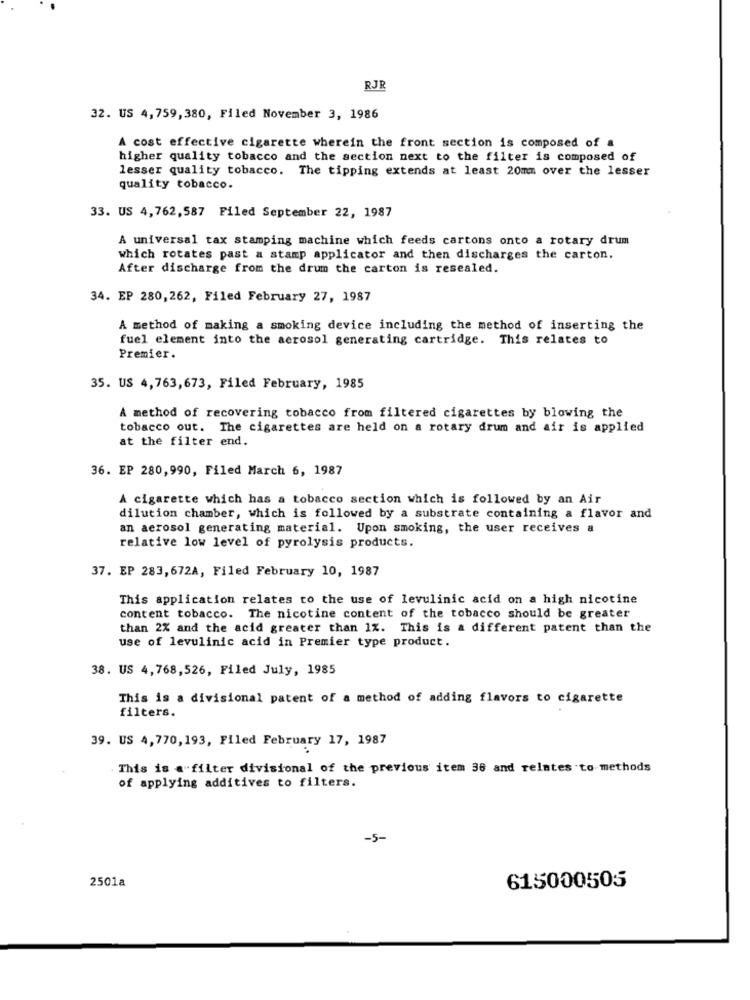
RJR
32. US 4,759,380, Filed November 3, 1986
A cost effective cigarette wherein the front section is composed of a
higher quality tobacco and the section next to the filter is composed of
lesser quality tobacco. The tipping extends at least 20mm over the lesser
quality tobacco.
33. US 4,762,587 Filed September 22, 1987
A universal tax stamping machine which feeds cartons onto a rotary drum
which rotates past a stamp applicator and then discharges the carton.
After discharge from the drum the carton is resealed.
34. EP 280,262, Filed February 27, 1987
A method of making a smoking device including the method of inserting the
fuel element into the aerosol generating cartridge. This relates to
Premier.
35. US 4,763,673, Filed February, 1985
A method of recovering tobacco from filtered cigarettes by blowing the
tobacco out. The cigarettes are held on a rotary drum and air is applied
at the filter end.
36. EP 280,990, Filed March 6, 1987
A cigarette which has a tobacco section which is followed by an Air
dilution chamber, which is followed by a substrate containing a flavor and
an aerosol generating material. Upon smoking, the user receives a
relative low level of pyrolysis products.
37. EP 283,672A, Filed February 10, 1987
This application relates to the use of levulinic acid on a high nicotine
content tobacco. The nicotine content of the tobacco should be greater
than 2% and the acid greater than 1%. This is a different patent than the
use of levulinic acid in Premier type product.
38. US 4,768,526, Filed July, 1985
This is a divisional patent of a method of adding flavors to cigarette
filters.
39. US 4,770,193, Filed February 17, 1987
This is a"filter divisional of the previous item 36 and relates to methods
of applying additives to filters.
-5-
2501a
615000505